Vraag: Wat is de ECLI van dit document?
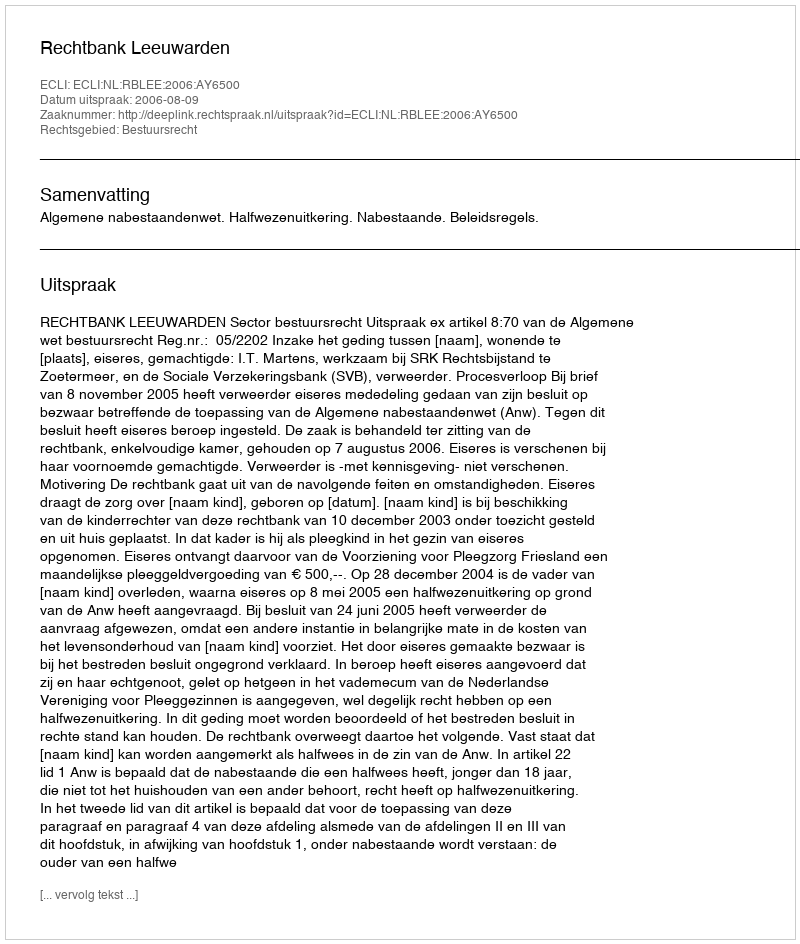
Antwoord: ECLI:NL:RBLEE:2006:AY6500